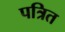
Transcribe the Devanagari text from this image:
पत्रित